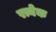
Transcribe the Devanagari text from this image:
रत्येक